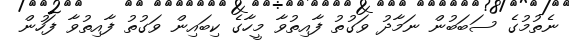
ނެތުމުގެ ސަބަބުން ނަމާދު ވަގުތު ފާއިތުވާ މީހާގެ ކިބައިން ވަގުތު ފާއިތުވާ ފަހުން